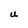
Character: U